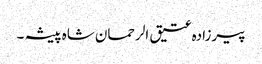
پیرزادہ عتیق الرحمان شاہ پیشہ ۔